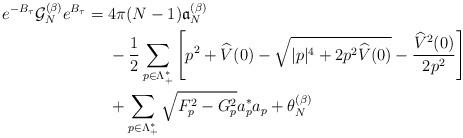
LaTeX: \begin{align*} e^{-B_\tau} \mathcal{G}_{N}^{(\beta)}e^{B_\tau}=\;&4\pi (N-1)\mathfrak{a}_N^{(\beta)}\\&-\frac{1}{2}\sum_{p\in \Lambda_+^*}\left[ p^2+\widehat V(0)-\sqrt{|p|^4+2p^2 \widehat{V}(0)}-\frac{\widehat{V}^2(0)}{2p^2}\right]\\&+\sum_{p \in \Lambda_+^*}\sqrt{F_p^2-G_p^2}a^*_p a_p+\theta_{N}^{(\beta)}\end{align*}